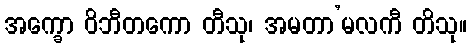
အက္ခော ဝိဘီတကော တီသု၊ အမတာ’မလကီ တိသု။